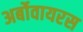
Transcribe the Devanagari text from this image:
अर्बोवायरस